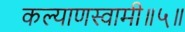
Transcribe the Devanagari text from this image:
कल्याणस्वामी॥५॥